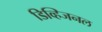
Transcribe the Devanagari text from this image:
डिव्हिजनल